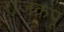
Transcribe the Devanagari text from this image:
राजकपू